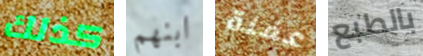
كذلك ابنهم عفنة بالطبع